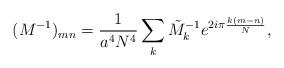
LaTeX: \begin{align*}(M^{-1})_{mn}=\frac{1}{a^4N^4}\sum_{k}\tilde{M}_k^{-1}e^{2i{\pi}\frac{k(m-n)}{N}},\end{align*}